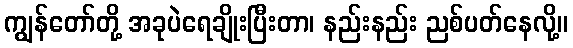
ကျွန်တော်တို့ အခုပဲရေချိုးပြီးတာ၊ နည်းနည်း ညစ်ပတ်နေလို့။